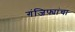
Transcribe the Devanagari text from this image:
गंजिफ्यांचा